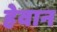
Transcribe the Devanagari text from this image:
हेवान